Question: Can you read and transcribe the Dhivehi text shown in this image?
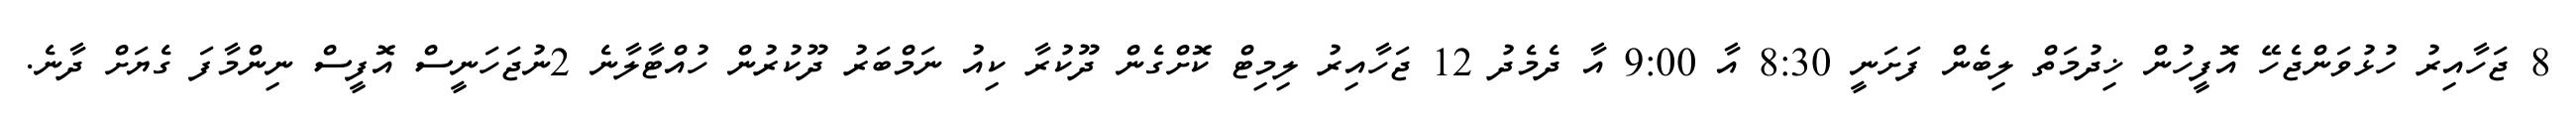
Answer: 8 ޖަހާއިރު ހުޅުވަންޖެހޭ އޮފީހުން ޚިދުމަތް ލިބެން ފަށަނީ 8:30 އާ 9:00 އާ ދެމެދު 12 ޖަހާއިރު ލިމިޓް ކޮށްގެން ދޫކުރާ ކިއު ނަމްބަރު ދޫކުރުން ހުއްޓާލާނެ 2ނުޖަހަނީސް އޮފީސް ނިންމާފަ ގެޔަށް ދާނެ.